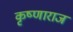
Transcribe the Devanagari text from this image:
कृष्णाराज